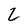
Character: Z